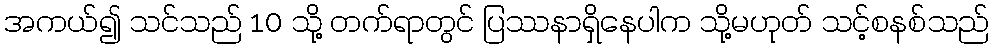
အကယ်၍ သင်သည် 10 သို့ တက်ရာတွင် ပြဿနာရှိနေပါက သို့မဟုတ် သင့်စနစ်သည်